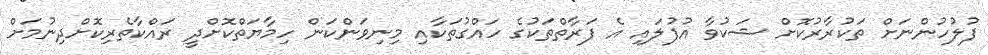
ފުލުހުންނަށް ތަކުރާރުކޮށް ޝަކުވާ އުފުލައި އެ ފަރާތްތަކުގެ ހައްގުތަކާއި މިނިވަންކަން ހިމާޔަތްކޮށްދީ ރައްކާތެރިކޮށްދިނުމަށް